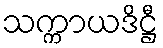
သက္ကာယဒိဋ္ဌီ